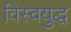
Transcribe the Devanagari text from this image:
विस्वयुद्ध